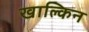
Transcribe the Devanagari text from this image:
खाल्किन